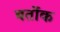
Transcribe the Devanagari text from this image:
बर्तोक